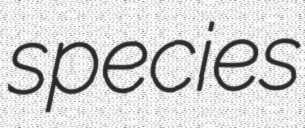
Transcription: species